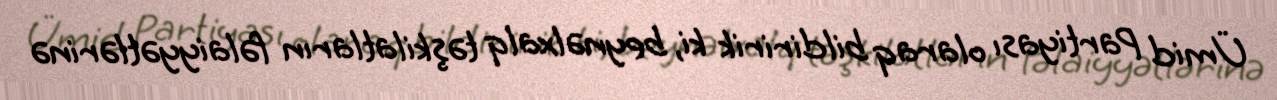
Ümid Partiyası olaraq bildiririk ki, beynəlxalq təşkilatların fəlaiyyətlərinə